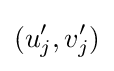
(u_{j}',v_{j}')